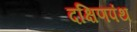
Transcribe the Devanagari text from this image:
दक्षिणपंथ